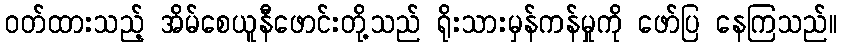
ဝတ်ထားသည့် အိမ်စေယူနီဖောင်းတို့သည် ရိုးသားမှန်ကန်မှုကို ဖော်ပြ နေကြသည်။